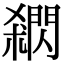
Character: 閷